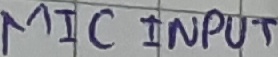
Text: MIC INPUT